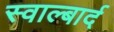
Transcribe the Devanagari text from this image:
स्वाल्बार्द